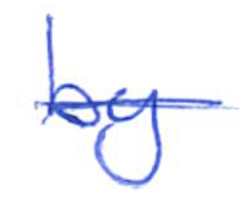
Text: by
Cross-out: single-line
Writing tool: ballpoint